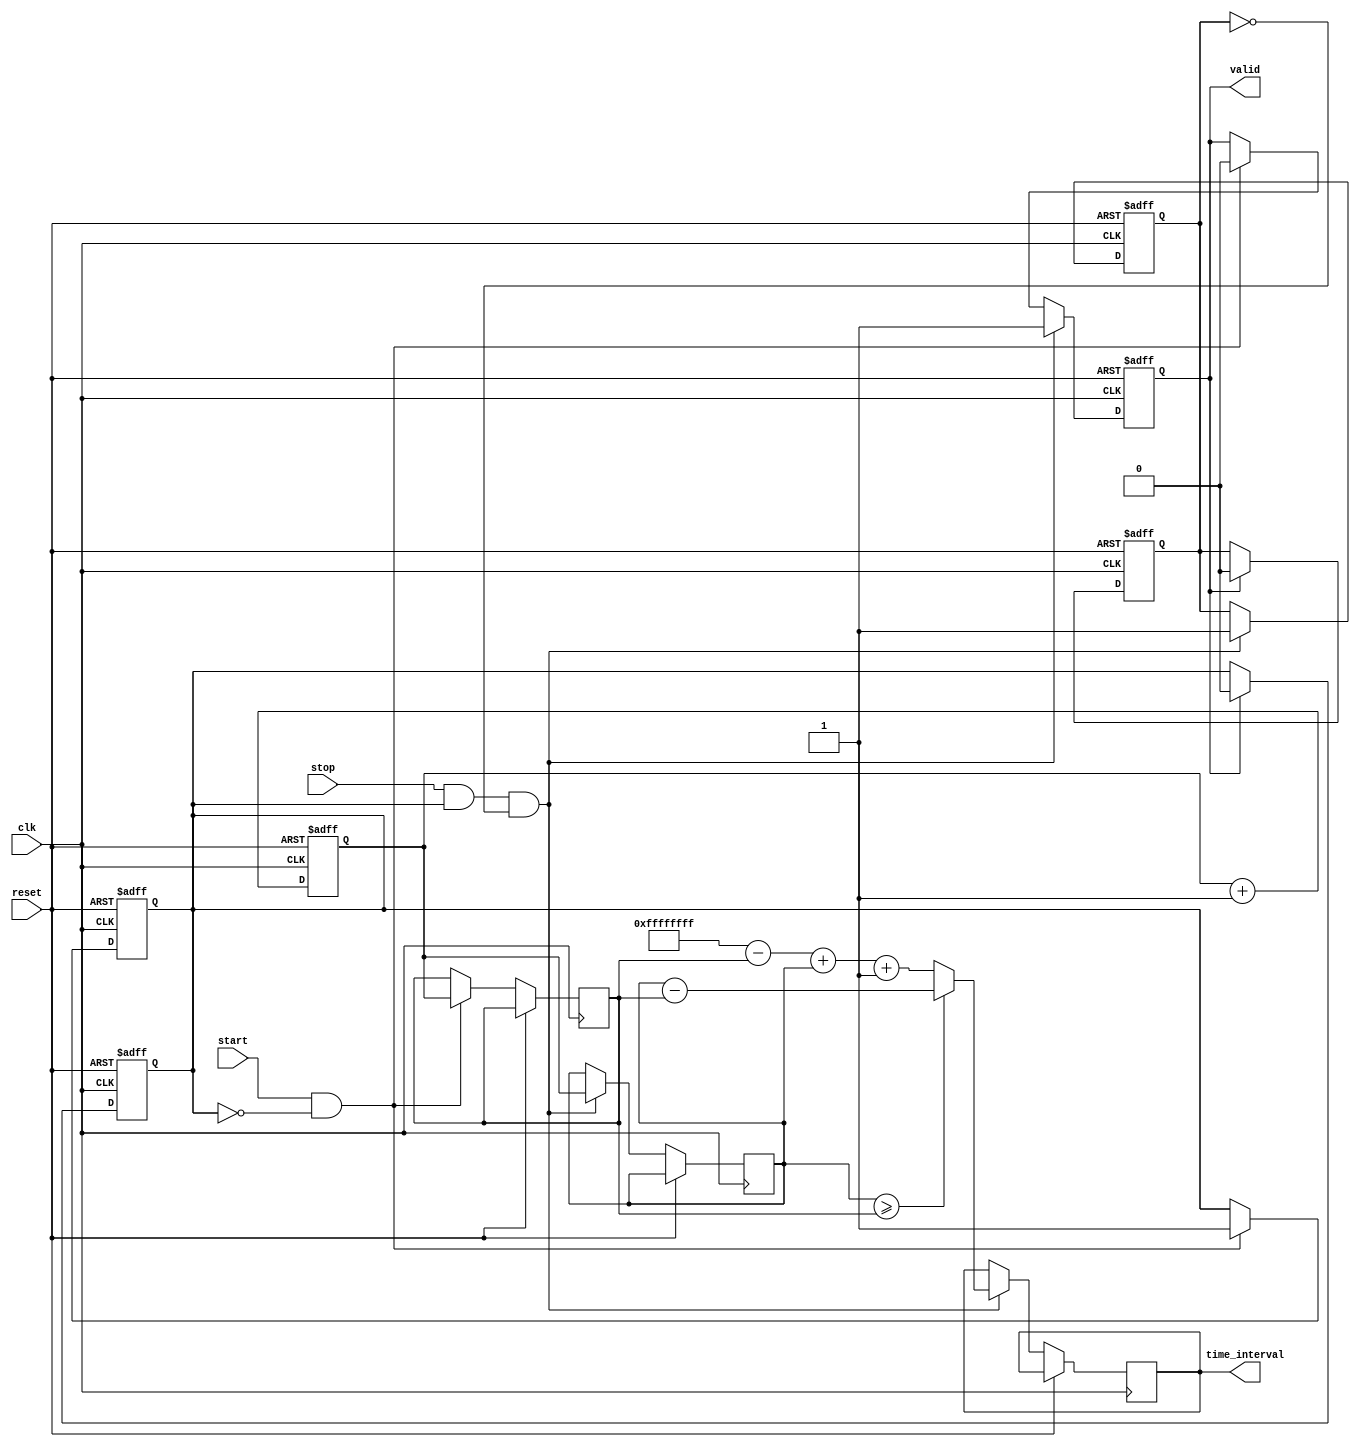
module TDC (
    input wire clk,           // 100 MHz clock
    input wire reset,         // Asynchronous reset
    input wire start,         // START trigger
    input wire stop,          // STOP trigger
    output reg [31:0] time_interval, // Output time interval
    output reg valid          // Indicates valid output
);

    // Counter for timestamp generation
    reg [31:0] counter;
    reg [31:0] start_time;
    reg [31:0] stop_time;
    reg start_flag, stop_flag;

    // Dual-port memory for timestamps
    reg [31:0] memory [0:1]; // 0: START, 1: STOP

    // Counter process
    always @(posedge clk or posedge reset) begin
        if (reset) begin
            counter <= 32'b0;
        end else begin
            counter <= counter + 1;
        end
    end

    // Event capture process
    always @(posedge clk or posedge reset) begin
        if (reset) begin
            start_flag <= 1'b0;
            stop_flag <= 1'b0;
            valid <= 1'b0;
        end else begin
            if (start && !start_flag) begin
                // Capture START timestamp
                memory[0] <= counter;
                start_time <= counter;
                start_flag <= 1'b1;
                valid <= 1'b0;  // Reset valid until STOP is captured
            end
            if (stop && start_flag && !stop_flag) begin
                // Capture STOP timestamp
                memory[1] <= counter;
                stop_time <= counter;
                stop_flag <= 1'b1;

                // Calculate time interval
                if (stop_time >= start_time) begin
                    time_interval <= stop_time - start_time;
                end else begin
                    // Handle overflow
                    time_interval <= (32'hFFFFFFFF - start_time) + stop_time + 1;
                end

                valid <= 1'b1; // Mark output as valid
            end
        end
    end

    // Reset flags at the end of the measurement
    always @(posedge clk or posedge reset) begin
        if (reset) begin
            start_flag <= 1'b0;
            stop_flag <= 1'b0;
        end else if (valid) begin
            start_flag <= 1'b0; // Ready for next measurement
            stop_flag <= 1'b0;
        end
    end

endmodule